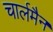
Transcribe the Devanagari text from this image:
चार्लमैन